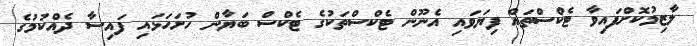
ލާޒިމުކޮށްފައިވާ ޓެކްސްތައް ފިޔަވައި އެނޫން ޓެކްސްތަކުގެ ޓެކްސް ބަޔާން ހުށަހަޅައި ފައިސާ ދެއްކުމުގެ